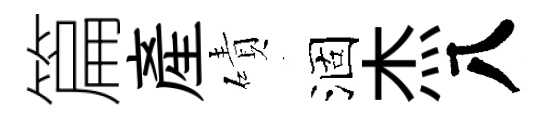
篇産磧涸杰八